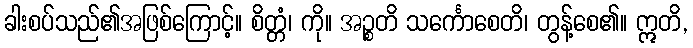
ခါးစပ်သည်၏အဖြစ်ကြောင့်။ စိတ္တံ၊ ကို။ အဉ္စတိ သင်္ကောစေတိ၊ တွန့်စေ၏။ ဣတိ,